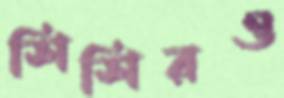
শিশিরও